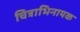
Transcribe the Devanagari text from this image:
चित्राभिनायक